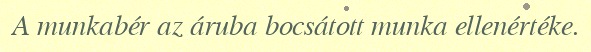
A munkabér az áruba bocsátott munka ellenértéke.